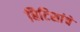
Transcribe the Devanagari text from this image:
बिटिशांचे